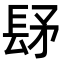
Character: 𨱨